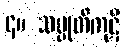
၄။ သမ္မုတိကုဋိ